Cholera in southern India
Disease focus: Cholera
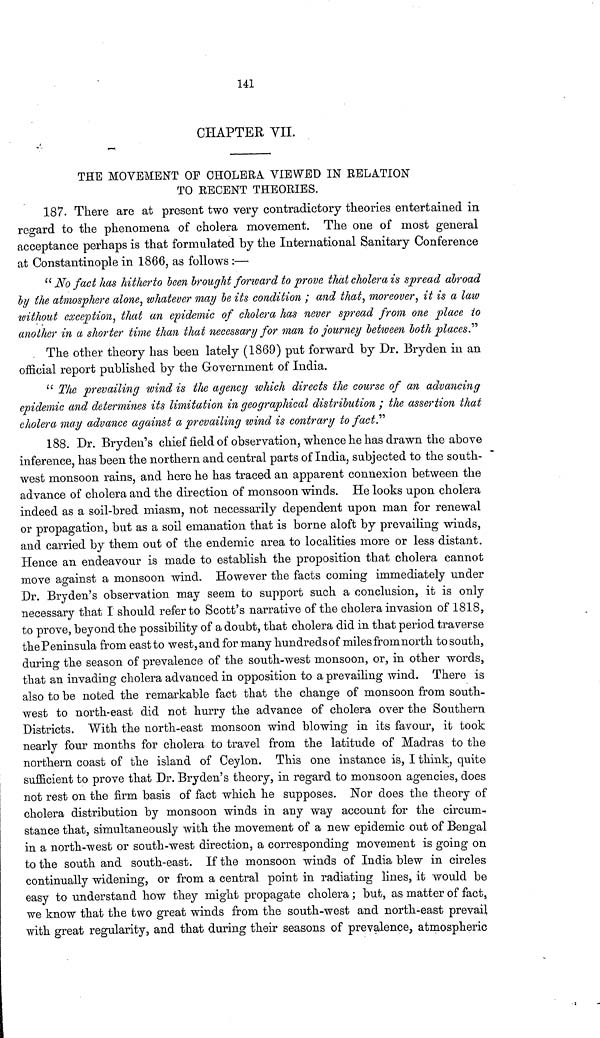
141
CHAPTER VIL
THE MOVEMENT OF CHOLERA VIEWED IN RELATION
TO RECENT THEORIES.
187. There are at present two very contradictory theories entertained in
regard to the phenomena of cholera movement. The one of most general
acceptance perhaps is that formulated by the International Sanitary Conference
at Constantinople in 1866, as follows :—
" No fact has hitherto been brought forward to prove that cholera is spread abroad
by the atmosphere alone, whatever may be its condition ; and that, moreover, it is a laiv
without exception, that an epidemic of cholera has never spread from one place to
another in a shorter time than that necessary for man to journey between both places"
The other theory has been lately (1869) put forward by Dr. Bryden in an
official report published by the Government of India.
The prevailing wind is the agency which directs the course of an advancing
epidemic and determines its limitation in geographical distribution ; the assertion that
cholera may advance against a prevailing wind is contrary to fact."
188. Dr. Bryden's chief field of observation, whence he has drawn the above
inference, has been the northern and central parts of India, subjected to the south-
west monsoon rains, and here he has traced an apparent connexion between the
advance of cholera and the direction of monsoon winds. He looks upon cholera
indeed as a soil-bred miasrn, not necessarily dependent upon man for renewal
or propagation, but as a soil emanation that is borne aloft by prevailing winds,
and carried by them out of the endemic area to localities more or less distant.
Hence an endeavour is made to establish the proposition that cholera cannot
move against a monsoon wind. However the facts coming immediately under
Dr. Bryden's observation may seem to support such a conclusion, it is only
necessary that I should refer to Scott's narrative of the cholera invasion of 1818,
to prove, beyond the possibility of a doubt, that cholera did in that period traverse
the Peninsula from east to west, and for many hundredsof miles from north to south,
during the season of prevalence of the south-west monsoon, or, in other words,
that an invading cholera advanced in opposition to a prevailing wind. There is
also to be noted the remarkable fact that the change of monsoon from south-
west to north-east did not hurry the advance of cholera over the Southern
Districts. With the north-east monsoon wind blowing in its favour, it took
nearly four months for cholera to travel from the latitude of Madras to the
northern coast of the island of Ceylon. This one instance is, I think, quite
sufficient to prove that Dr. Bryden's theory, in regard to monsoon agencies, does
not rest on the firm basis of fact which he supposes. Nor does the theory of
cholera distribution by monsoon winds in any way account for the circum-
stance that, simultaneously with the movement of a new epidemic out of Bengal
in a north-west or south-west direction, a corresponding movement is going on
to the south and south-east. If the monsoon winds of India blew in circles
continually widening, or from a central point in radiating lines, it would be
easy to understand how they might propagate cholera ; but, as matter of fact,
we know that the two great winds from the south-west and north-east prevail
with great regularity, and that during their seasons of prevalence, atmospheric